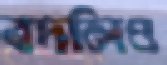
বদলিও